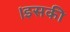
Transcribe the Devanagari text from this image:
।इसकी